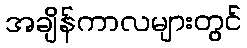
အချိန်ကာလများတွင်